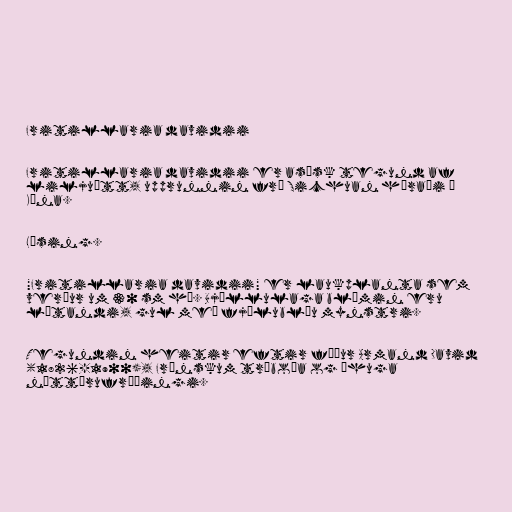
Fritillaria davidii

Fritillaria davidii er asísk tegund af
liljuætt, upprunnin frá Sichuan héraði í
Kína.

Lýsing.

"Fritillaria davidii" er laukplanta sem
verður um 30 sm há. Bjöllulaga blómin eru
lútandi, gul með fjólubláu mynstri.

Tegundin heitir eftir föður Armand David
(1826-1900), Frönskum trúboða og áhuga
náttúrufræðingi.